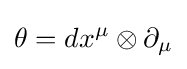
\theta =dx^{\mu }\otimes \partial _{\mu }